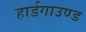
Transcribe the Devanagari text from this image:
हार्डगाउण्ड